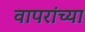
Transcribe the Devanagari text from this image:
वापरांच्या